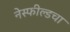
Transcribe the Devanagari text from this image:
नेस्फील्डचा